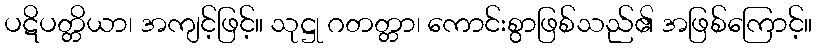
ပဋိပတ္တိယာ၊ အကျင့်ဖြင့်။ သုဋ္ဌု ဂတတ္တာ၊ ကောင်းစွာဖြစ်သည်၏ အဖြစ်ကြောင့်။